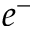
e ^ { - }